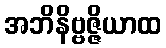
အဘိနိဗ္ဗဇ္ဇိယာထ